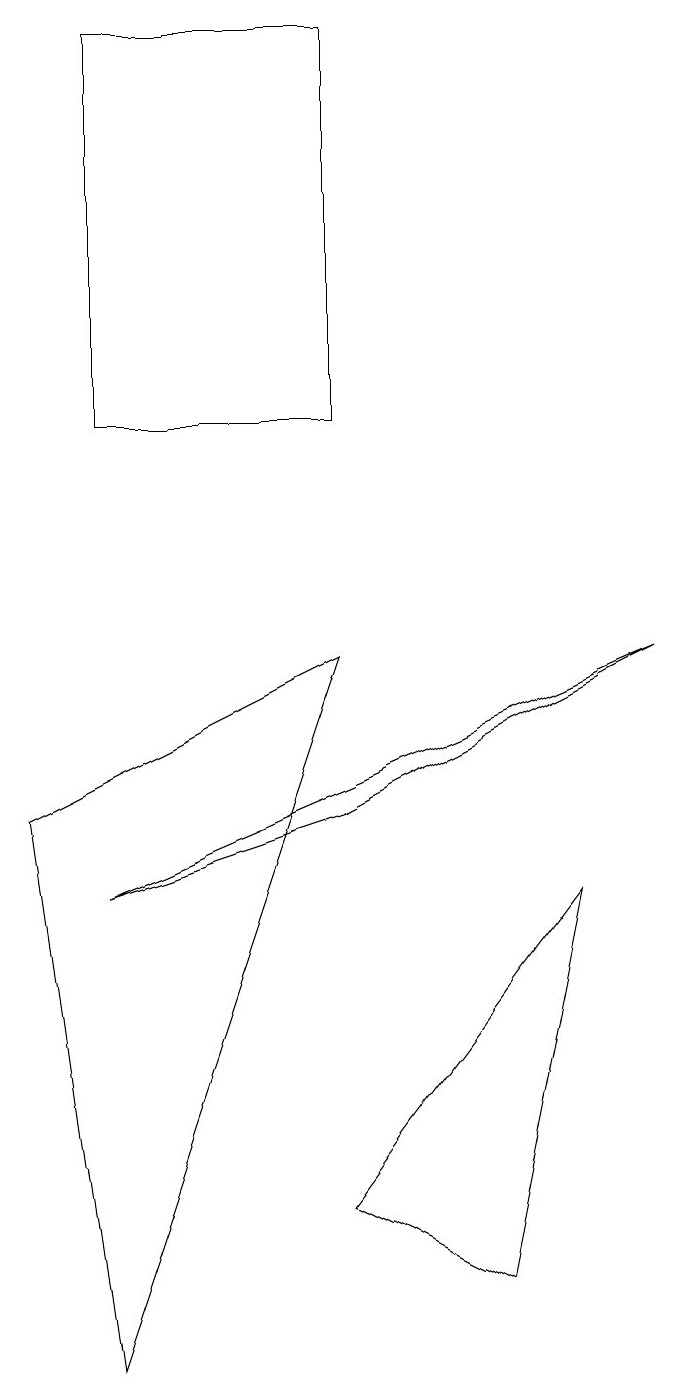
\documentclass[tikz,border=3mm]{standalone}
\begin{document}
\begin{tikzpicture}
\draw (2,0) -- (5,9) -- (1,7) -- cycle;
\draw (9,9) -- (2,6) -- (5,7) -- cycle;
\draw (2,17) rectangle (5,12);
\draw (8,6) -- (5,2) -- (7,1) -- cycle;
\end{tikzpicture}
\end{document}